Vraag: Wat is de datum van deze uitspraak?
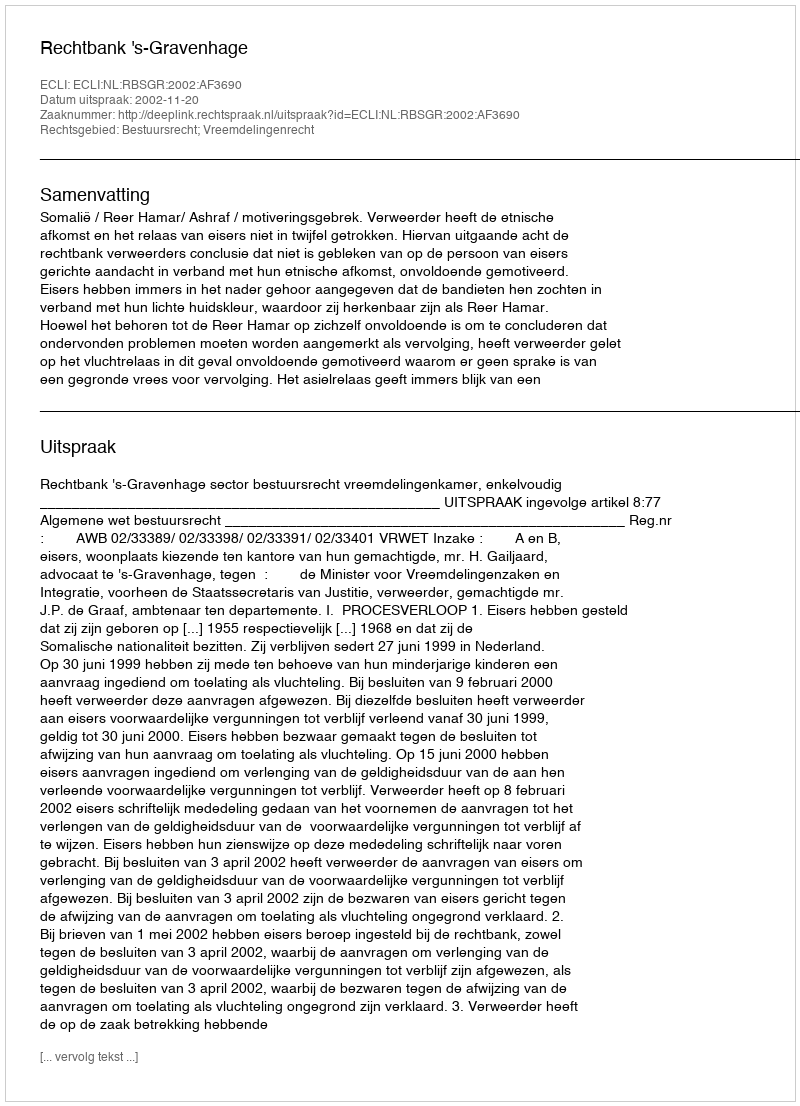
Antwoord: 2002-11-20